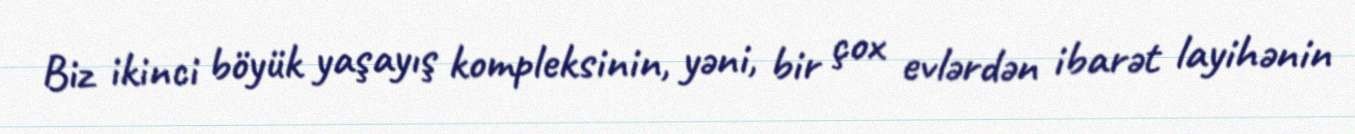
Biz ikinci böyük yaşayış kompleksinin, yəni, bir çox evlərdən ibarət layihənin